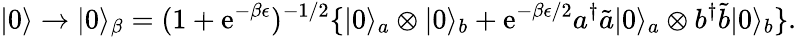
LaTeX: |0\rangle\rightarrow|0\rangle_{\beta}=(1+\mathrm{e}^{-\beta\epsilon})^{-1/2}\{ |0\rangle_{a}\otimes|0\rangle_{b}+\mathrm{e}^{-\beta\epsilon/2}a^{\dagger}{\tilde{a}}|0\rangle_{a}\otimes b^{\dagger}{\tilde{b}}|0\rangle_{b}\} .